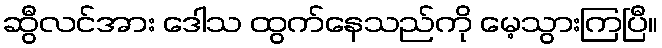
ဆွီလင်အား ဒေါသ ထွက်နေသည်ကို မေ့သွားကြပြီ။